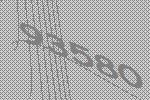
93580